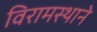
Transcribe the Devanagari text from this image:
विरामस्थाने